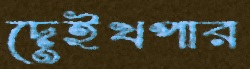
দেইখপার